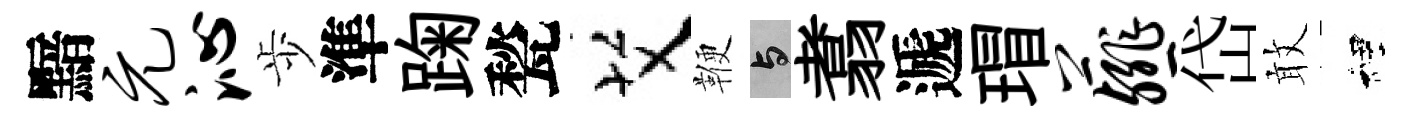
黯元沁歩準踘甃艾鞭与翥遞瑁薤岱敢裡